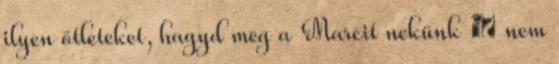
ilyen ötleteket, hagyd meg a Marcit nekünk 🙂 nem